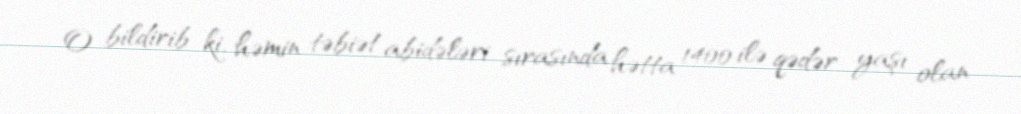
O bildirib ki, həmin təbiət abidələri sırasında hətta 1400 ilə qədər yaşı olan